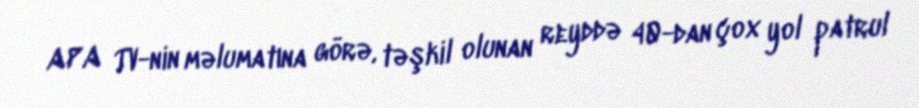
APA TV-nin məlumatına görə, təşkil olunan reyddə 40-dan çox yol patrul